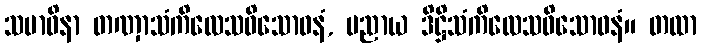
သမာဓိနာ တဏှာသံကိလေသဝိသောဓနံ, ပညာယ ဒိဋ္ဌိသံကိလေသဝိသောဓနံ။ တထာ